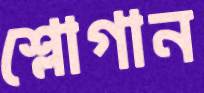
শ্লোগান